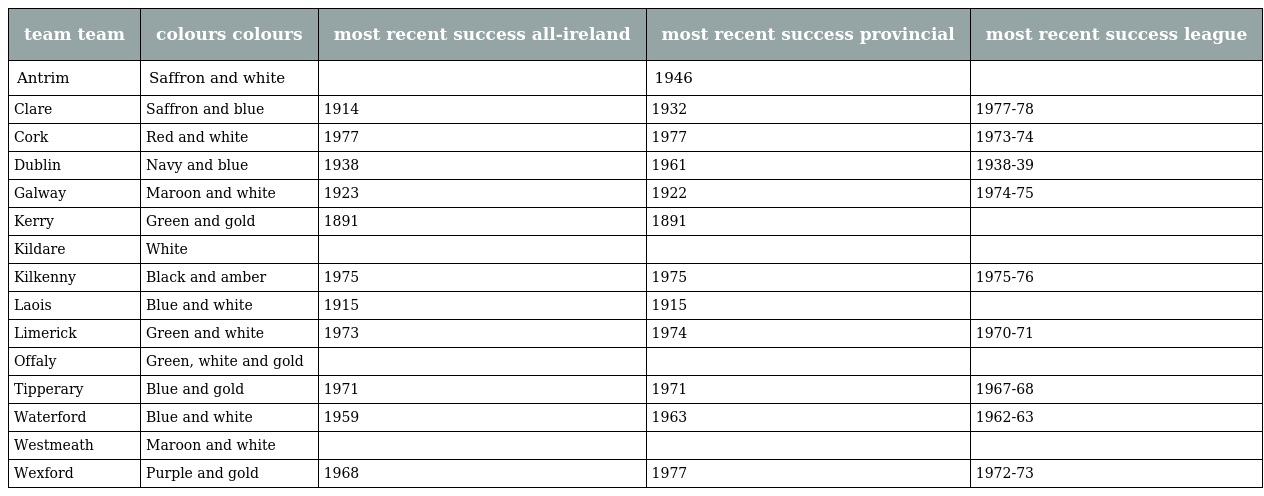
| team team | colours colours | most recent success all-ireland | most recent success provincial | most recent success league |
 | --- | --- | --- | --- | --- |
 | Antrim | Saffron and white |  | 1946 |  |
 | Clare | Saffron and blue | 1914 | 1932 | 1977-78 |
 | Cork | Red and white | 1977 | 1977 | 1973-74 |
 | Dublin | Navy and blue | 1938 | 1961 | 1938-39 |
 | Galway | Maroon and white | 1923 | 1922 | 1974-75 |
 | Kerry | Green and gold | 1891 | 1891 |  |
 | Kildare | White |  |  |  |
 | Kilkenny | Black and amber | 1975 | 1975 | 1975-76 |
 | Laois | Blue and white | 1915 | 1915 |  |
 | Limerick | Green and white | 1973 | 1974 | 1970-71 |
 | Offaly | Green, white and gold |  |  |  |
 | Tipperary | Blue and gold | 1971 | 1971 | 1967-68 |
 | Waterford | Blue and white | 1959 | 1963 | 1962-63 |
 | Westmeath | Maroon and white |  |  |  |
 | Wexford | Purple and gold | 1968 | 1977 | 1972-73 |